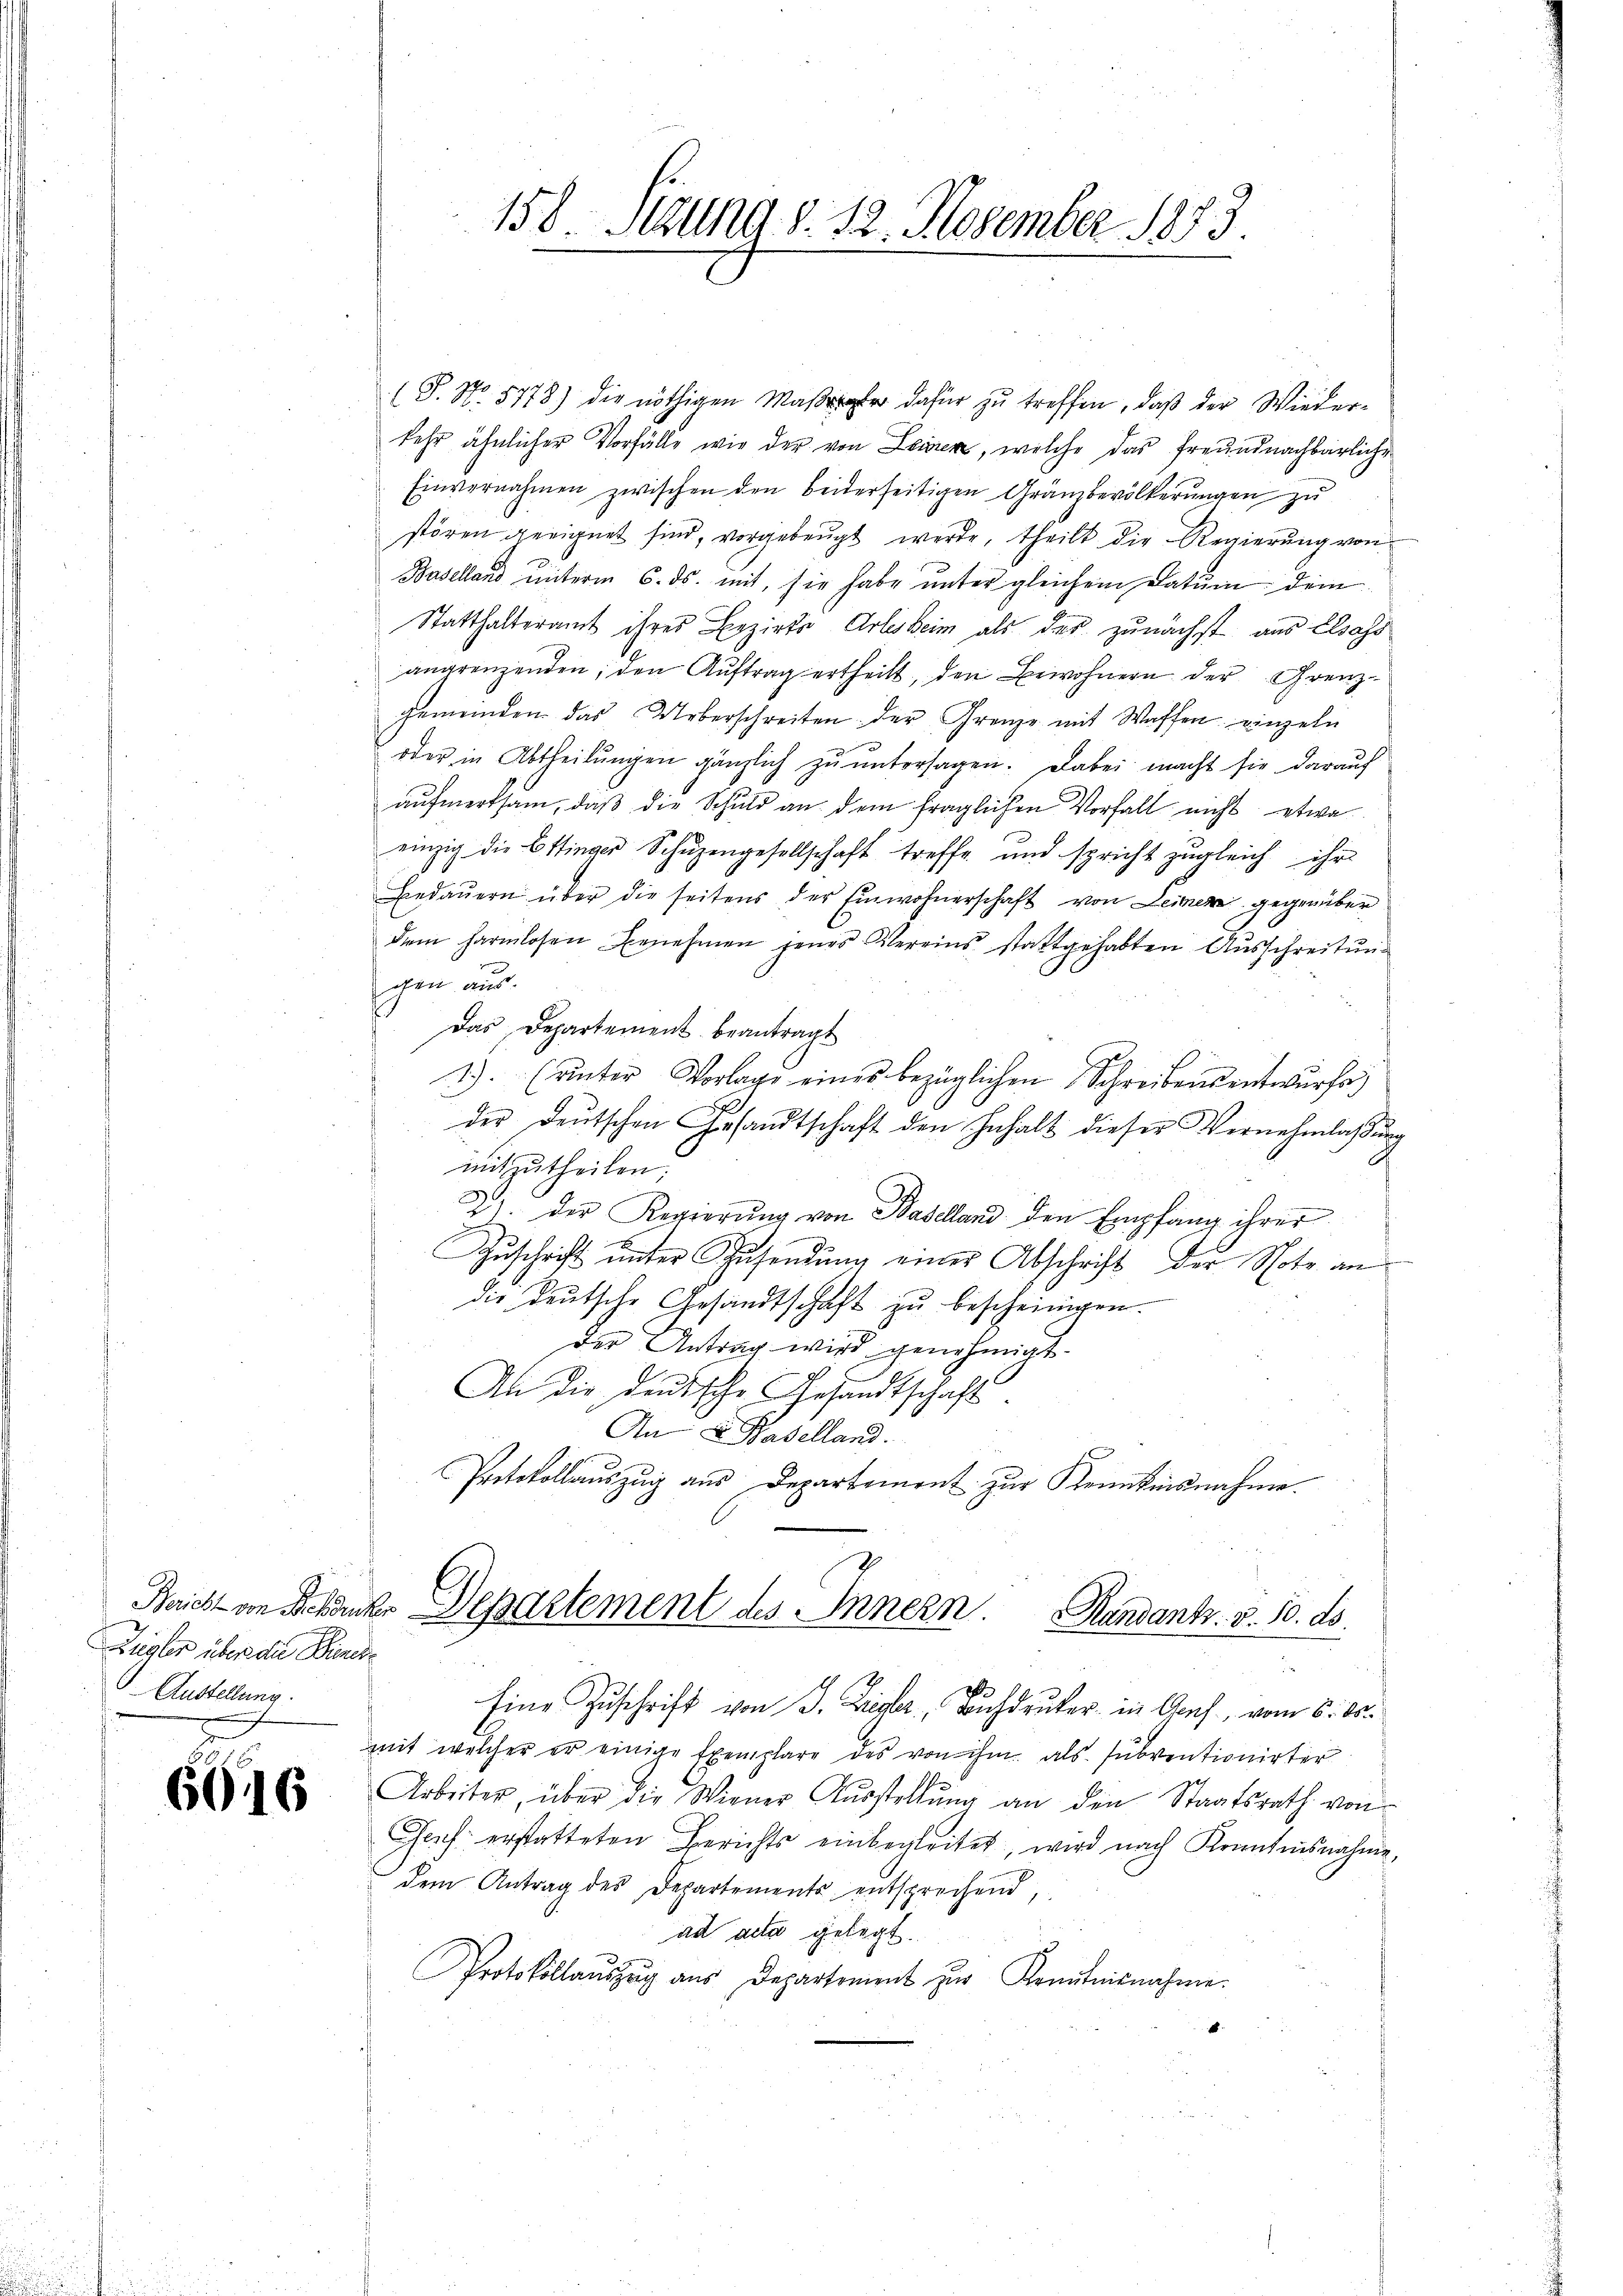
Bricht von Scheuchen
Zügler über die Biese
Austellung.

6616

(J. No. 5778) die nöthigen Mate dafür zŭ treffen, daß der Wieder-
kehr ähnlicher Vorfälle wie der von Leiden, welche das freundnachbarliche
Einvernahmen zwischen den beiderseitigen Gränzbevölkerŭngen zu
stören geeignet sind, vorgebeugt werde, theilt die Regierung von
Baselland unterm 6. ds. mit, sie habe unter gleichem Datum dem
Statthalteramt ihres Bezirks Arlesheim als des zunächst aus Elsass
angrenzenden, den Auftrag ertheilt, den Bewohnern der Grenzgemeinden das Ueberschreiten der Grenze mit Waffen einzeln
oder in Abtheilŭngen gänzlich zŭ ŭntersagen. Dabei macht sie darauf
aufmerksam, daß die Schuld an dem fraglichen Vorfall nicht etwa
einzig die Ettinger Schŭzengesellschaft treffe und spricht zŭgleich ihr
Bedaŭern über die seitens der Einwohnerschaft von Leiner gegenüber
dem harmlosen Benehmen jenes Vereins stattgehabten Ausschreitungen aus.
Das Departement beantragt
1). (unter Vorlage eines bezüglichen Schreibensentwŭrfe
der deŭtschen Gesandtschaft den Inhalt dieser Vernehmlaβŭng
c
mitzutheilen;
21. Der Regierŭng von Baselland den Empfang ihrer
Zuschrift unter Zusendung einer Abschrift der Note an
die deutsche Gesandtschaft zu bescheinigen.
der Antrag wird genehmigt.
.
An die deutsche Gesandtschaft.
An E. Baselland.
Protokollauszug aus Departement zur Kenntnisnahme.

158. Stund 8. 12. November 1873.

Departement des Innern. Handant. v. 10. ds.
1

Eine Zuschrift von J. Ziegler, Buchdruker in Auf vom 6. ds.
mit welcher er einige Exemplare des von ihm als subventionirter
Arbeiter, über die Wiener Aŭsstellŭng an den Staatsrath von
Grich erstatteten Berichts einbegleitet, wird nach Kenntnisnahme,
dem Antrag des Departements entsprechend,
ad acta gelegt.
Protokollaŭszŭg aŭs Departement zur Kenntnisnahme.